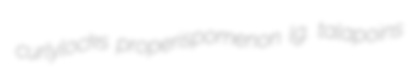
curlylocks properispomenon lg. talapoins